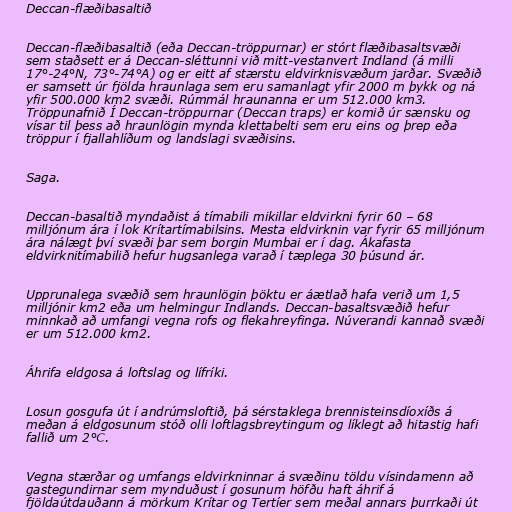
Deccan-flæðibasaltið

Deccan-flæðibasaltið (eða Deccan-tröppurnar) er stórt flæðibasaltsvæði
sem staðsett er á Deccan-sléttunni við mitt-vestanvert Indland (á milli
17°-24°N, 73°-74°A) og er eitt af stærstu eldvirknisvæðum jarðar. Svæðið
er samsett úr fjölda hraunlaga sem eru samanlagt yfir 2000 m þykk og ná
yfir 500.000 km2 svæði. Rúmmál hraunanna er um 512.000 km3.
Tröppunafnið Í Deccan-tröppurnar (Deccan traps) er komið úr sænsku og
vísar til þess að hraunlögin mynda klettabelti sem eru eins og þrep eða
tröppur í fjallahlíðum og landslagi svæðisins.

Saga.

Deccan-basaltið myndaðist á tímabili mikillar eldvirkni fyrir 60 – 68
milljónum ára í lok Krítartímabilsins. Mesta eldvirknin var fyrir 65 milljónum
ára nálægt því svæði þar sem borgin Mumbai er í dag. Ákafasta
eldvirknitímabilið hefur hugsanlega varað í tæplega 30 þúsund ár.

Upprunalega svæðið sem hraunlögin þöktu er áætlað hafa verið um 1,5
milljónir km2 eða um helmingur Indlands. Deccan-basaltsvæðið hefur
minnkað að umfangi vegna rofs og flekahreyfinga. Núverandi kannað svæði
er um 512.000 km2.

Áhrifa eldgosa á loftslag og lífríki.

Losun gosgufa út í andrúmsloftið, þá sérstaklega brennisteinsdíoxíðs á
meðan á eldgosunum stóð olli loftlagsbreytingum og líklegt að hitastig hafi
fallið um 2°C.

Vegna stærðar og umfangs eldvirkninnar á svæðinu töldu vísindamenn að
gastegundirnar sem mynduðust í gosunum höfðu haft áhrif á
fjöldaútdauðann á mörkum Krítar og Tertíer sem meðal annars þurrkaði út